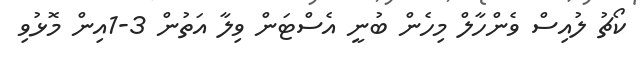
ކޯޗު ލުއިސް ވެންހާލް މިހެން ބުނީ އެސްޓަން ވިލާ އަތުން 3-1އިން މޮޅުވި